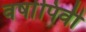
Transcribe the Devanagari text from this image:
वर्षापिर्वी